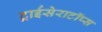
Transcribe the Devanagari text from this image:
ट्राईसेराटॉप्स